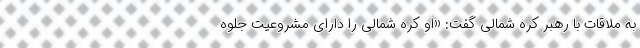
به ملاقات با رهبر کره شمالی گفت: «او کره شمالی را دارای مشروعیت جلوه